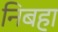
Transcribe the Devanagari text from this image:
निबहा